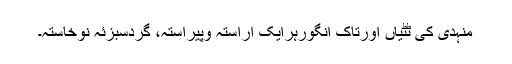
منہدی کی ٹٹیاں اورتاکِ انگورہرایک آراستہ وپیراستہ، گردسبزئہ نوخاستہ۔